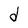
Character: d